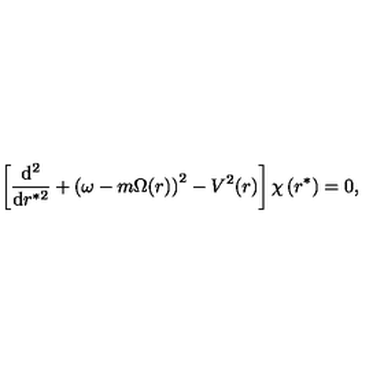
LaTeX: \left[ \frac { \mathrm { d } ^ { 2 } } { \mathrm { d } r ^ { * 2 } } + \left( \omega - m \Omega ( r ) \right) ^ { 2 } - V ^ { 2 } ( r ) \right] \chi \left( r ^ { * } \right) = 0 ,